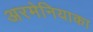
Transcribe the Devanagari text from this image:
अरमेनियाका